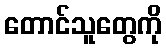
တောင်သူတွေကို